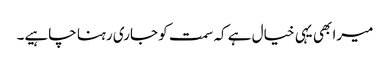
میرا بھی یہی خیال ہے کہ سمت کو جاری رہنا چاہیے۔